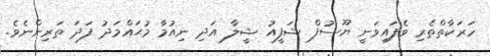
ހަރަކާތްތެރި ވެފައިވަނީ ޔޫސުފް ޝަފީއު ޝީލާ އަދި ނިއުމާ މުޙައްމަދު ފަދަ ތަރިންނެވެ.